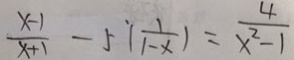
\frac { x - 1 } { x + 1 } - 5 [ \frac { 1 } { 1 - x } ) = \frac { 4 } { x ^ { 2 } - 1 }